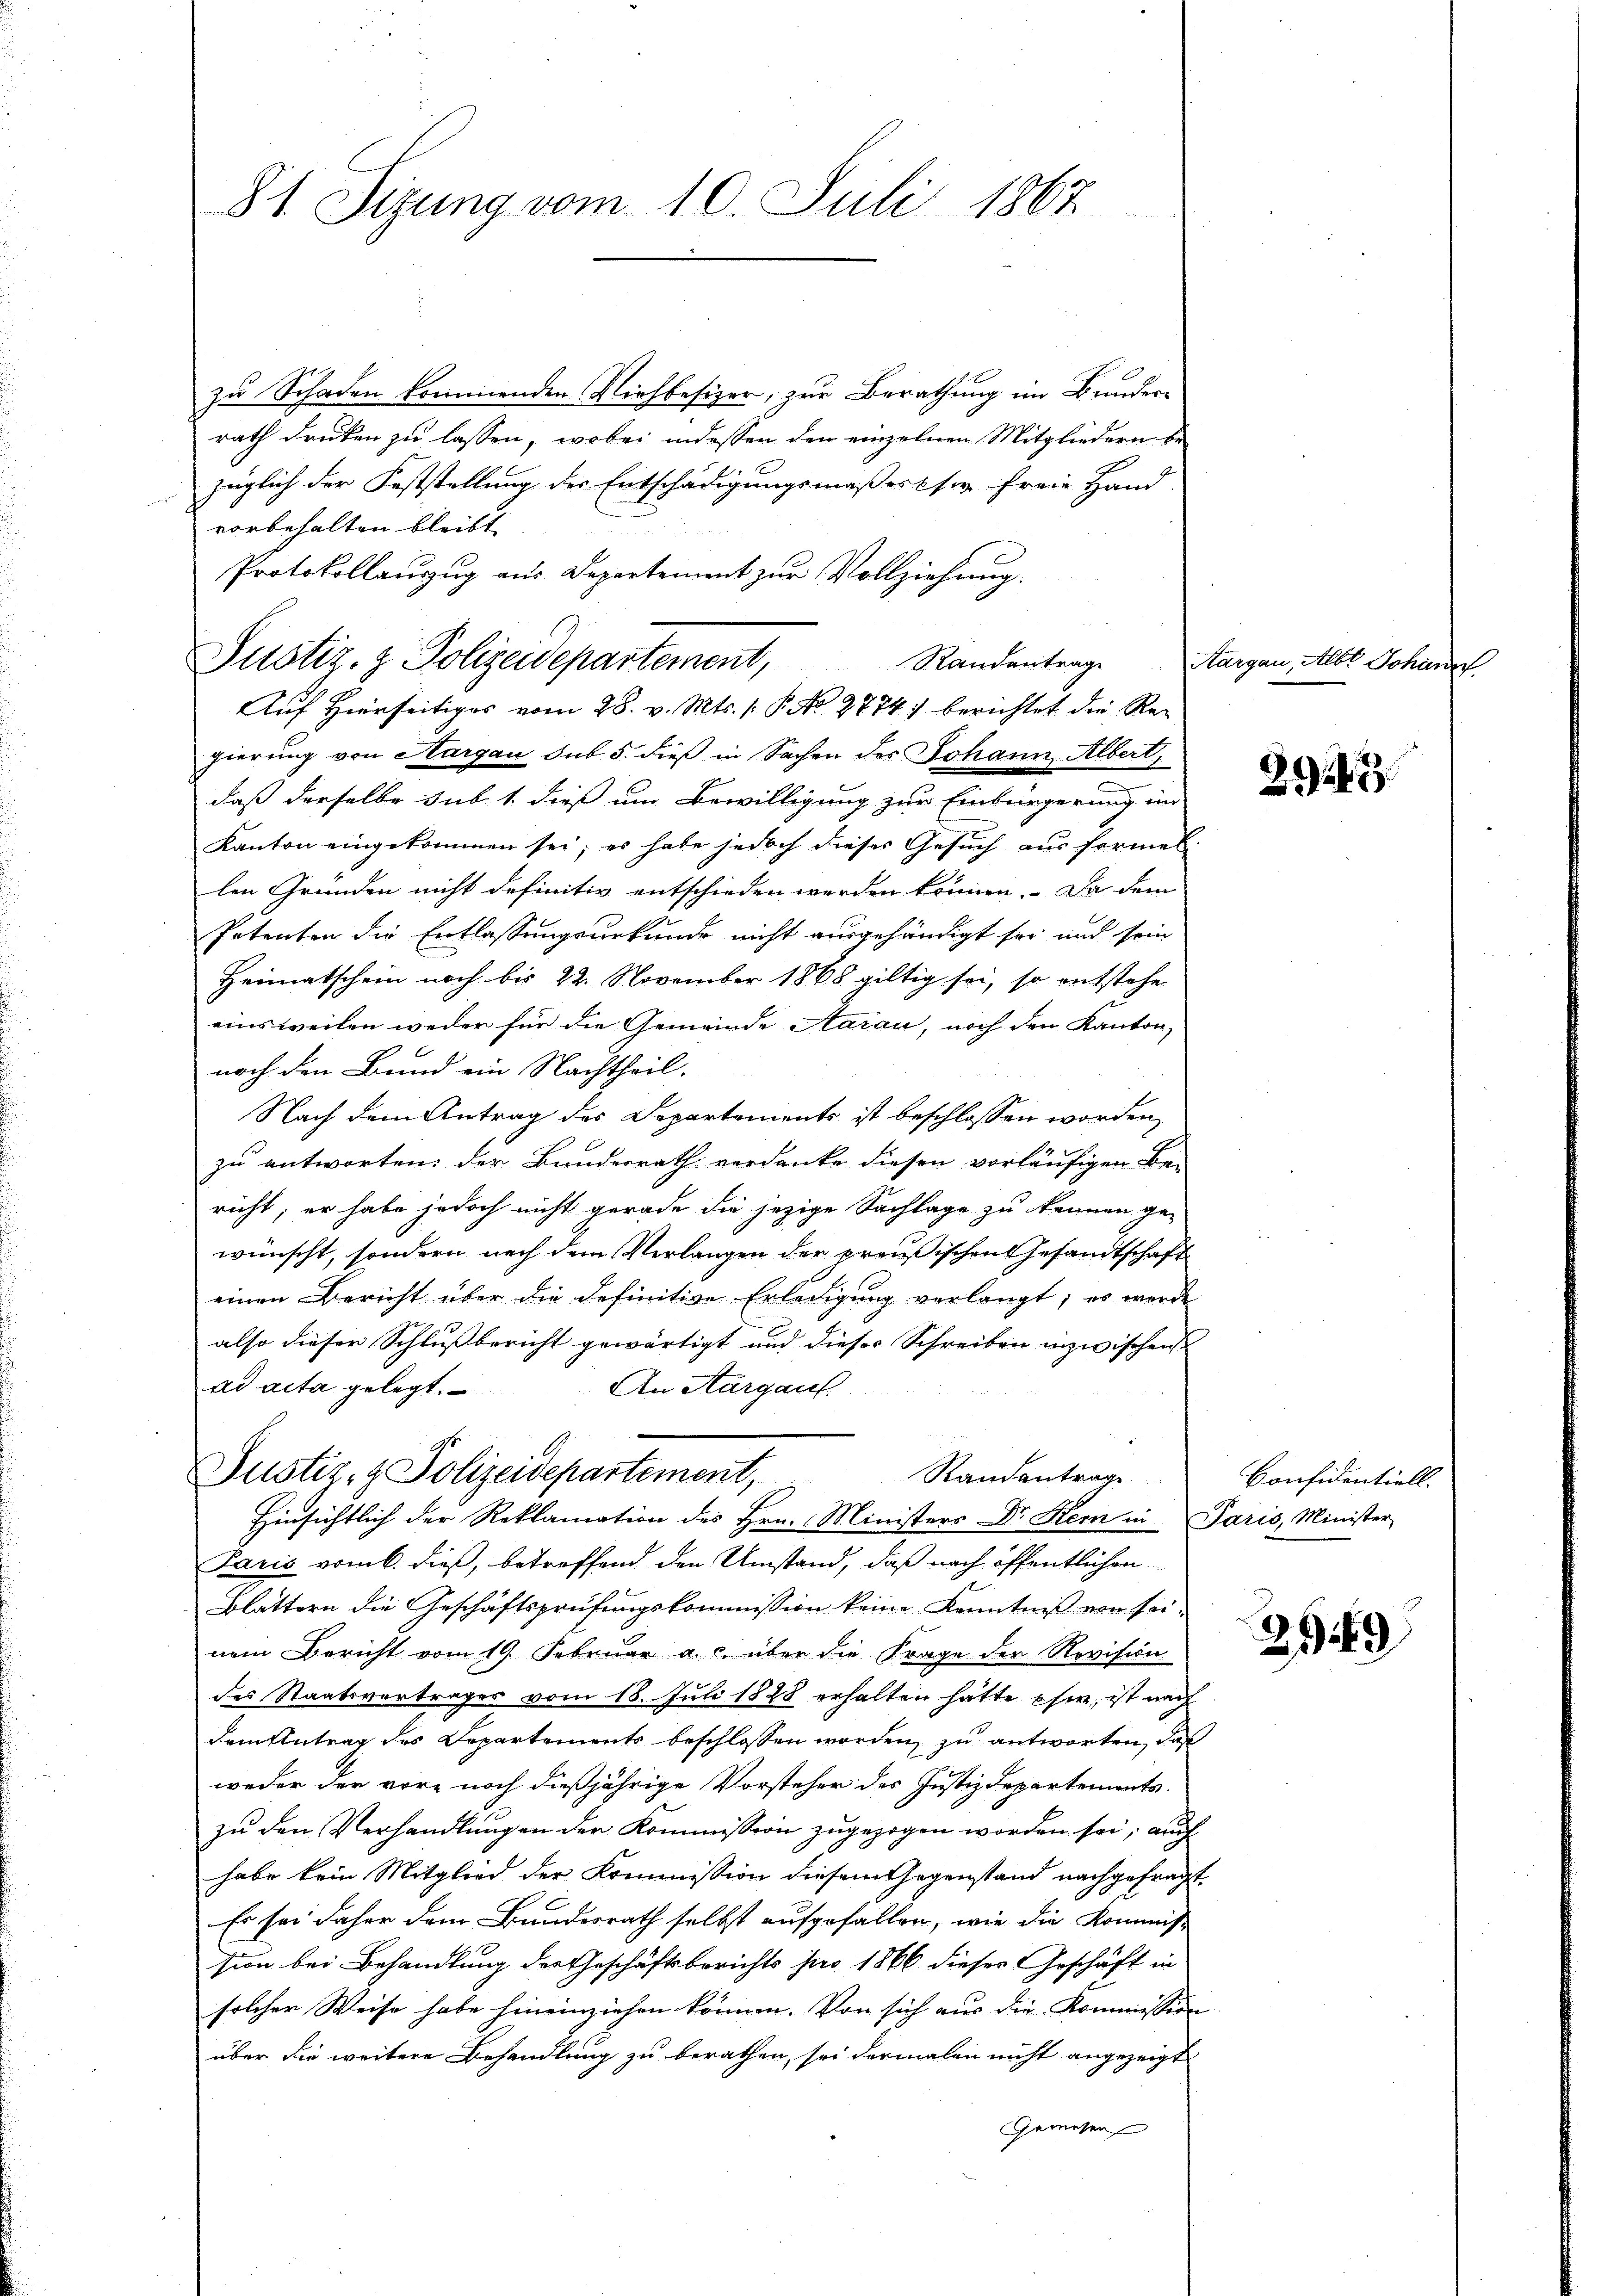
81 Sizung vom 10. Juli 1867

zu Schaden kommenden Viehbesizer, zur Berathung im Bunderrath Druken zu lassen, wobei indessen den einzelnen Mitgliedern bezüglich der Feststellung des Entschädigungsmaßes sie freie Hand
vorbehalten bleibt.
Protokollauszug aus Departement zur Vollziehung.
Randantrage
Justiz- & Polizeidepartement,
gierung von Aargau sub 5. dieß in Sachen des Johann Albert
daß derselbe sub 1. dieß um Bewilligung zur Einbürgerung im
Kanton eingekommen sei; es habe jedoch dieser Gesuch aus formellen Gründen nicht definitiv entschieden werden können. Da dem
Petenten die Entlassungsurkunde nicht ausgehändigt sei und sein
Heimatschein noch bis 22. November 1868 giltig sei, so entstehe
einsweilen weder für die Gemeinde Aarau, noch den Kanton
noch den Bund ein Nachtheil.
Nach dem Antrag des Departements ist beschlossen worden,
zu antworten, der Bundesrath verdanke diesen vorläufigen Be-
richt; er habe jedoch nicht gerade die jezige Sachlage zu kennen ge-
wünscht, sondern nach dem Verlangen der preußischen Gesandtschaft
einen Bericht über die definitive Erledigung verlangt; es werde
also dieser Schlußbericht gewärtigt und dieses Schreiben inzwischen
ad acta gelegt.
An Aargauf.
9t.
Justiz- & Polizeidepartement,
Randentrag
Hinsichtlich der Reklamation des Hrn. Ministers Dr. Kem in Paris, Minister
Paris vom 6. dieß, betreffend den Umstand, daß nach öffentlichen
Blättern die Geschäftsprüfungskommission keine Kenntniß von sei-
nem Bericht vom 19. Februar a. c. über die Frage der Revision
des Staatsvertrages vom 18. Juli 1888 erhalten hätte sie, ist nach
dem Antrag des Departements beschlossen worden, zu antworten, daß
weder der vor, noch daßjährige Vorsteher des Justizdepartements
zu den Verhandlungen der Kommission zugezogen worden sei, auch
habe kein Mitglied der Kommission diesem Gegenstand nachgefragt,
Es sei daher dem Bundesrath selbst aufgefallen, wie die Kommiss
sion bei Behandlung der Geschäftsberichts pro 1866 dieses Geschäft in
solcher Weise habe hineinziehen können. Von sich aus die Kommission
über die weitere Behandlung zu berathen, sei dermalen nicht angezeigt
Gewesen

Auf Hierseitiges vom 28. v. Mts. 1. P. No 2774) berichtet die Re¬

Aargau, Albt Johann

2943

Considentiell.

2949